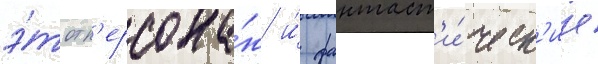
э́тот п'ерсона́ж и́ фантаст'и́ческ'ие